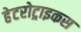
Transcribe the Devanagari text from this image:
हेटरोट्राइकस